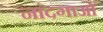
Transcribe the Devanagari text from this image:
नांदगाओं